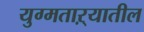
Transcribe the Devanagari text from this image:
युग्मताऱ्यातील